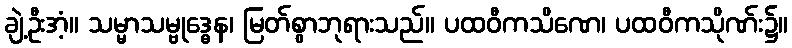
ချဲ့ဦးအံ့။ သမ္မာသမ္ဗုဒ္ဓေန၊ မြတ်စွာဘုရားသည်။ ပထဝီကသိဏေ၊ ပထဝီကသိုဏ်း၌။